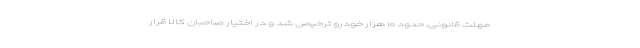
مهلت قانونی، حدود ۱۰ هزار خودرو ترخیص شد و در اختیار صاحبان کالا قرار